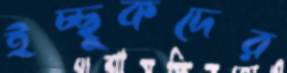
ইচ্ছুকদের